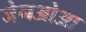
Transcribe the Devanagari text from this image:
जेनओआ